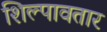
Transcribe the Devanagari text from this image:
शिल्पावतार